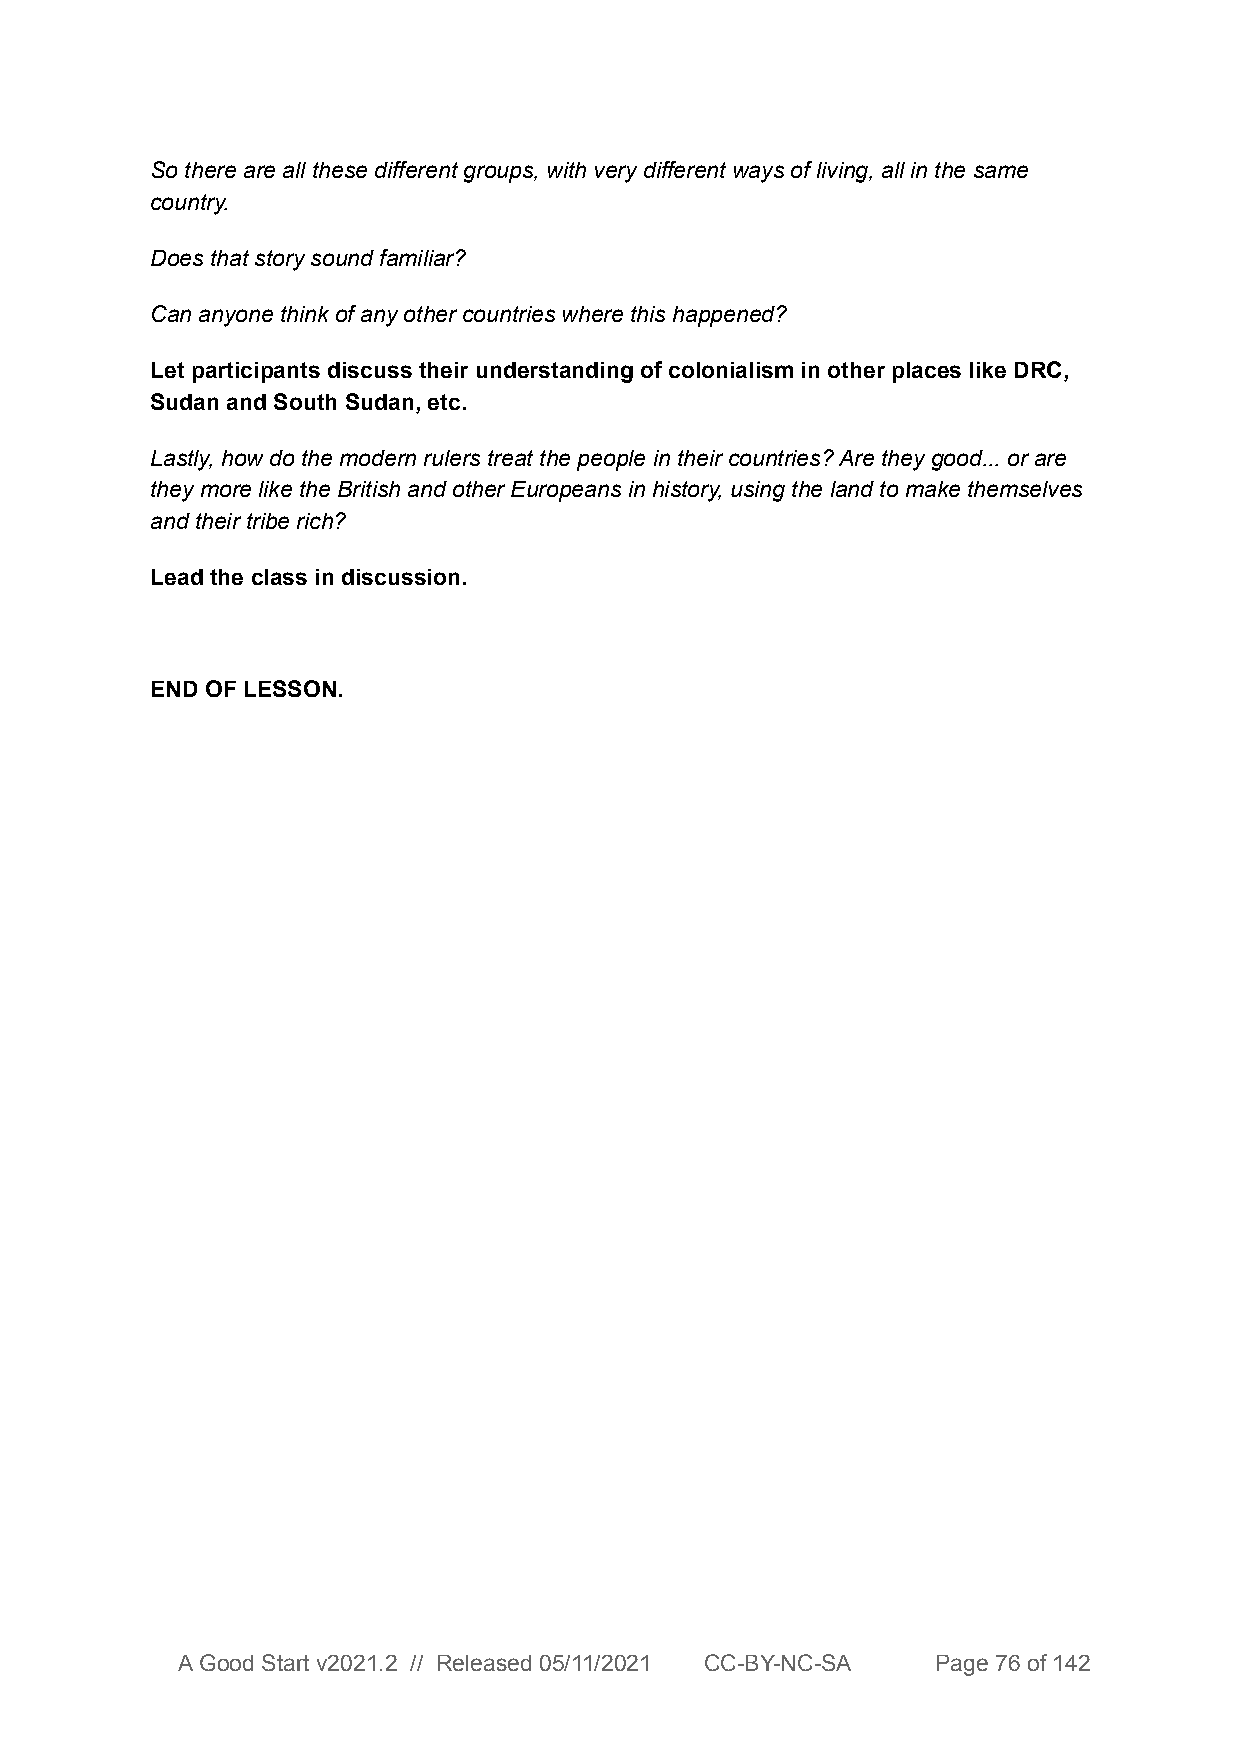
So there are all these different groups, with very different ways of living, all in the same
 country.
 Does that story sound familiar?
 Can anyone think of any other countries where this happened?
 Let participants discuss their understanding of colonialism in other places like DRC,
 Sudan and South Sudan, etc.
 Lastly, how do the modern rulers treat the people in their countries? Are they good... or are
 they more like the British and other Europeans in history, using the land to make themselves
 and their tribe rich?
 Lead the class in discussion.
 END OF LESSON.
 A Good Start v2021.2 // Released 05/11/2021 CC-BY-NC-SA Page 76 of 142